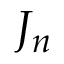
J _ { n }